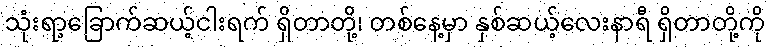
သုံးရာ့ခြောက်ဆယ့်ငါးရက် ရှိတာတို့၊ တစ်နေ့မှာ နှစ်ဆယ့်လေးနာရီ ရှိတာတို့ကို